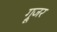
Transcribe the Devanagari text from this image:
ग्रूजर